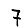
Digit: 7